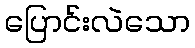
ပြောင်းလဲသော